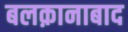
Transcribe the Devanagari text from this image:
बलक़ानाबाद